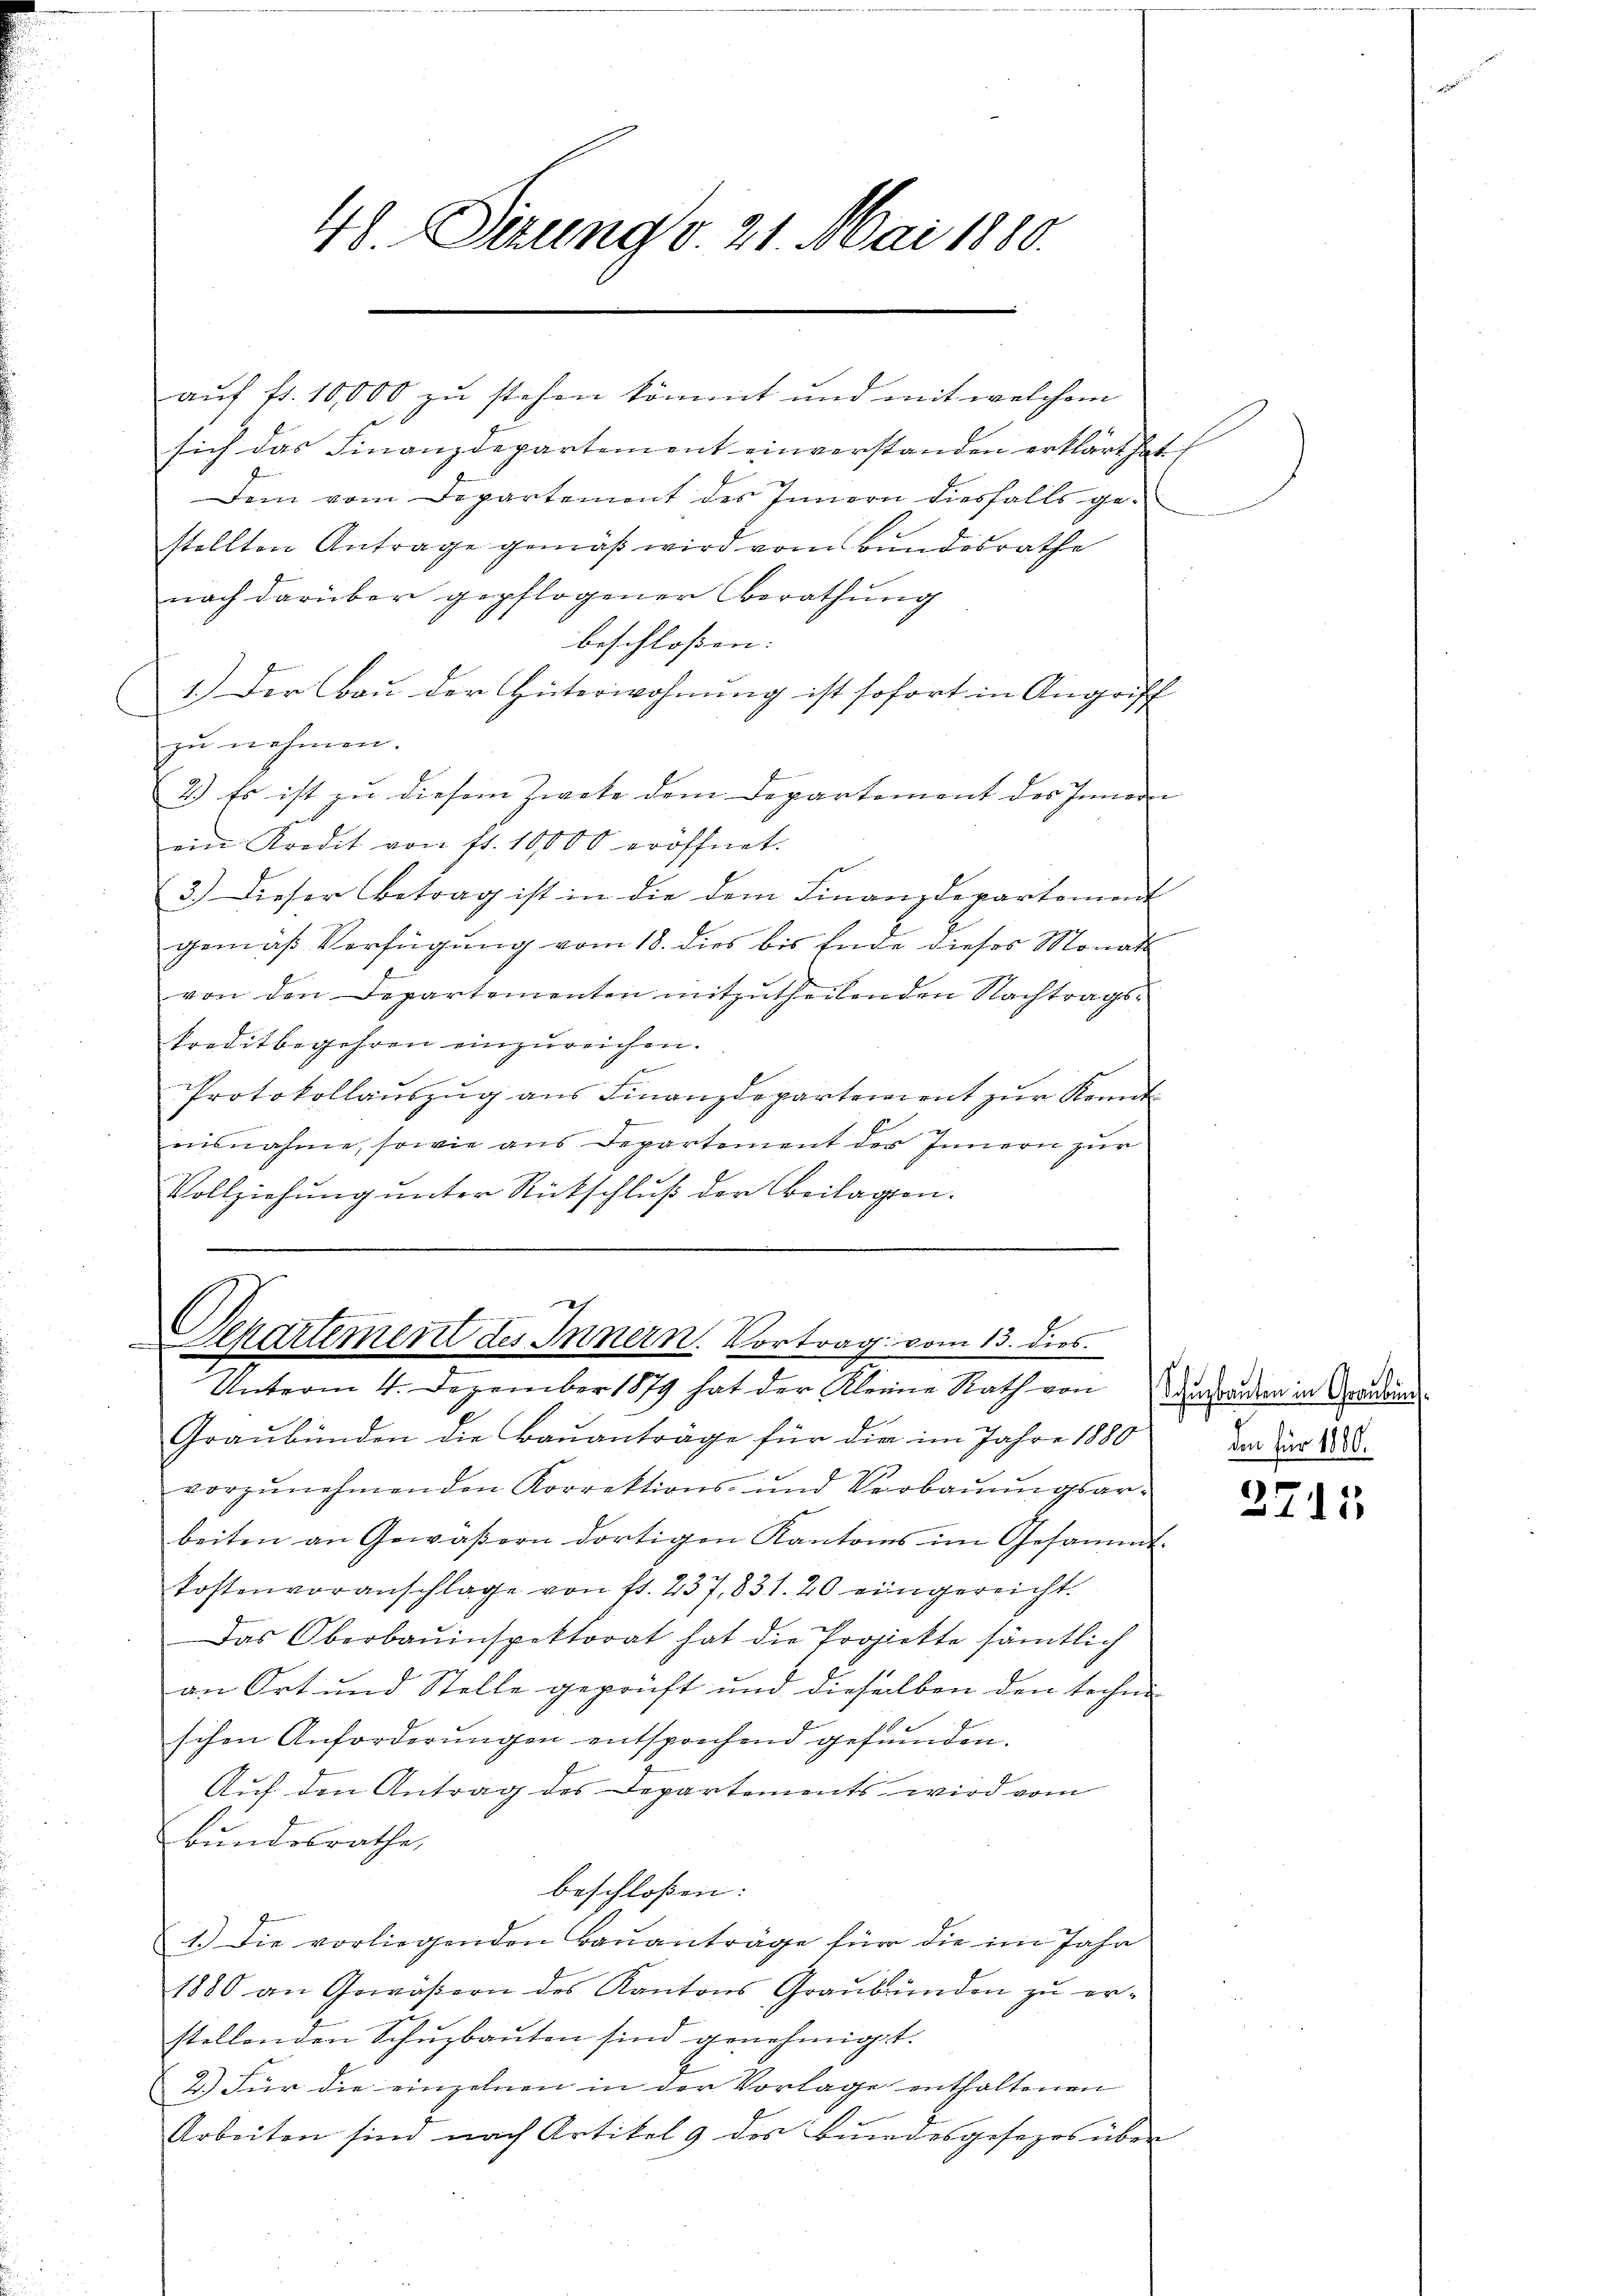
48. Sitzung d 21. Mai 1880.

auf fr. 10,000 zu stehen kömmt und mit welchem
sich das Finanzdepartement einverstanden erklärt hat
Dem vom Departement des Innern diesfalls gestellten Antrage gemäß wird vom Bundesrathe
nach darüber gepflogener berathung
beschlossen:
1.) Der Bau der Güterwohnung ist sofort in Angriff
zu nehmen.
2.) Es ist zu diesem Zwete dem Departement des Innern |
ein Kredit von fl. 10000 eröffnet.
3.) Dieser Betrag ist in die dem Finanzdepartement
gemäß Verfügung vom 18. dies bis Ende dieses Monats
von den Departementen mitzutheilenden Nachtragskreditbegehren einzureichen.
Protokollauszug aus Finanzdepartement zur Kennt
nisnahme, sowie aus Departement der Innern zur
Vollziehung unter Rückschluß der Beilagen.

Departement des Innern. Vortrag vom 13. dies
Unterm 4. Dezember 1879 hat der Kleine Rath von

Graubünden die Bauantrage für die im Jahre 1880
vorzunehmenden Korrektions- und Verbauungsarbeiten an Gewäßern dortigen Kantons im Gesammt-
tostenvoranschlage von 11. 237, 831. 20 eingereicht.
Das Oberbauinspektorat hat die Projekte sämtlich
an Ort und Stelle geprüft und dieselben den techne
schen Anforderŭngen entsprechend gefunden.
Auf den Antrag des Departements wird vom
kundesrathe,
beschloßen:
1.) Die vorliegenden Baŭanträge für die im Jahr
1880 an Gewäßern des Kantons Graubünden zu erstellenden Schŭzbaŭten sind genehmigt.
2.) Für die einzelnen in der Vorlage enthaltenen
Arbeiten sind nach Artikel 9 des Bundesgesezes über

Schubauten in Graubün
den für 1880.

2715